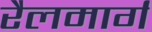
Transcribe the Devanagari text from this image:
रैलमार्ग